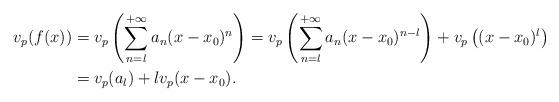
LaTeX: \begin{align*}v_p(f(x))&=v_p\left(\sum_{n=l}^{+\infty} a_n(x-x_0)^n\right)=v_p\left(\sum_{n=l}^{+\infty} a_n(x-x_0)^{n-l}\right)+v_p\left((x-x_0)^l\right)\\&=v_p(a_l)+lv_p(x-x_0).\end{align*}